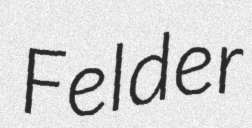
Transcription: Felder